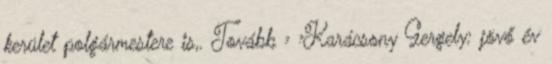
kerület polgármestere is,. Tovább › ›Karácsony Gergely: jövő év